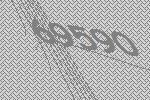
69590